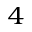
_ 4